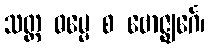
သတ္တ ဓမ္မေ စ ဗောဇ္ဈင်္ဂေ၊